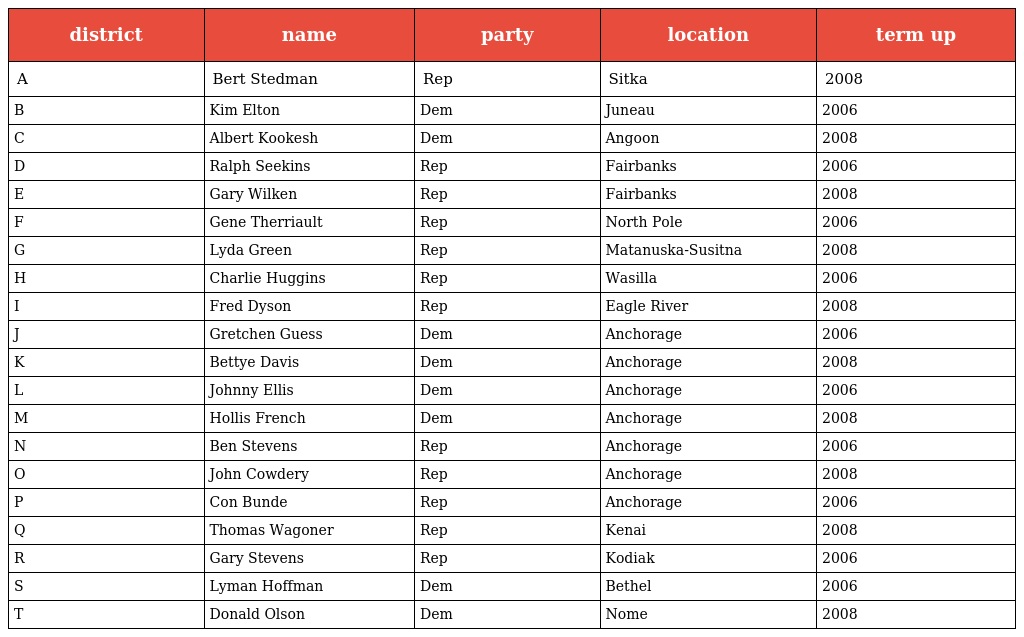
| district | name | party | location | term up |
 | --- | --- | --- | --- | --- |
 | A | Bert Stedman | Rep | Sitka | 2008 |
 | B | Kim Elton | Dem | Juneau | 2006 |
 | C | Albert Kookesh | Dem | Angoon | 2008 |
 | D | Ralph Seekins | Rep | Fairbanks | 2006 |
 | E | Gary Wilken | Rep | Fairbanks | 2008 |
 | F | Gene Therriault | Rep | North Pole | 2006 |
 | G | Lyda Green | Rep | Matanuska-Susitna | 2008 |
 | H | Charlie Huggins | Rep | Wasilla | 2006 |
 | I | Fred Dyson | Rep | Eagle River | 2008 |
 | J | Gretchen Guess | Dem | Anchorage | 2006 |
 | K | Bettye Davis | Dem | Anchorage | 2008 |
 | L | Johnny Ellis | Dem | Anchorage | 2006 |
 | M | Hollis French | Dem | Anchorage | 2008 |
 | N | Ben Stevens | Rep | Anchorage | 2006 |
 | O | John Cowdery | Rep | Anchorage | 2008 |
 | P | Con Bunde | Rep | Anchorage | 2006 |
 | Q | Thomas Wagoner | Rep | Kenai | 2008 |
 | R | Gary Stevens | Rep | Kodiak | 2006 |
 | S | Lyman Hoffman | Dem | Bethel | 2006 |
 | T | Donald Olson | Dem | Nome | 2008 |